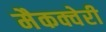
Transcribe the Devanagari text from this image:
मैकक्वेरी